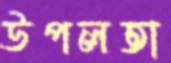
উপলতা